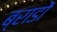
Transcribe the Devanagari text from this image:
ब्राडों